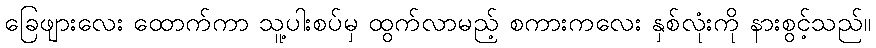
ခြေဖျားလေး ထောက်ကာ သူ့ပါးစပ်မှ ထွက်လာမည့် စကားကလေး နှစ်လုံးကို နားစွင့်သည်။